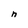
Character: n